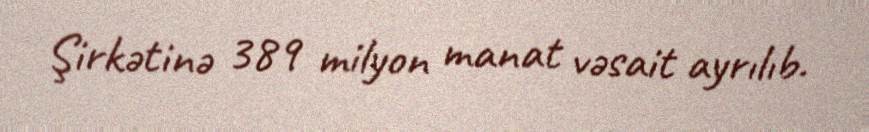
Şirkətinə 389 milyon manat vəsait ayrılıb.